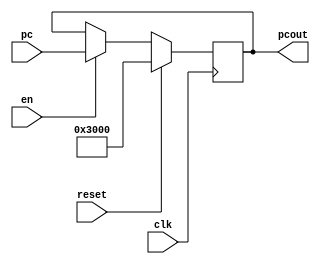
`timescale 1ns / 1ps
//////////////////////////////////////////////////////////////////////////////////
// Company: 
// Engineer: 
// 
// Design Name: 
// Module Name:    pc_1 
// Project Name: 
// Target Devices: 
// Tool versions: 
// Description: 
//
// Dependencies: 
//
// Revision: 
// Revision 0.01 - File Created
// Additional Comments: 
//
//////////////////////////////////////////////////////////////////////////////////
module pc_1(
    input clk,
    input reset,
    input en,
    input [31:0] pc,
    output reg [31:0] pcout
    );
	 initial begin
		pcout = 32'h00003000;
	 end
	 always @(posedge clk)begin
		if(reset)begin
		
			pcout <=32'h00003000; 
		end
		else begin
			if(en)begin
				pcout <= pc;
			
			end
			else begin
				pcout<=pcout;
			end
		end
	 end


endmodule